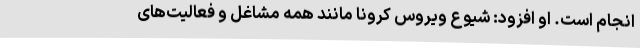
انجام است. او افزود: شیوع ویروس کرونا مانند همه مشاغل و فعالیت‌های